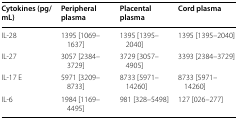
| Cytokines (pg/mL) | Peripheral plasma | Placental plasma | Cord plasma |
 | --- | --- | --- | --- |
 | IL-28 | 1395 [1069–1637] | 1395 [1395–2040] | 1395 [1395–2040] |
 | IL-27 | 3057 [2384–3729] | 3729 [3057–4905] | 3393 [2384–3729] |
 | IL-17 E | 5971 [3209–8733] | 8733 [5971–14260] | 8733 [5971–14260] |
 | IL-6 | 1984 [1169–4495] | 981 [328–5498] | 127 [026–277] |